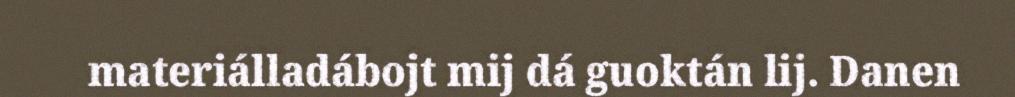
materiálladábojt mij dá guoktán lij. Danen